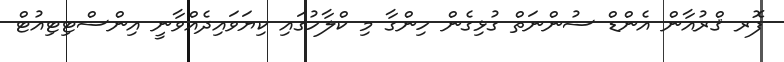
ފޮރ ޤްރުއާން އެންޑް ސުންނަތް ގުޅިގެން ހިންގާ މި ކްލާހުގައި ކިޔަވައިދެއްވާނީ އިންސްޓިޓިއުޓް